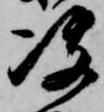
決